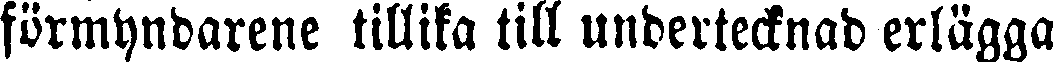
förmyndarene tillika till undertecknad erlägga